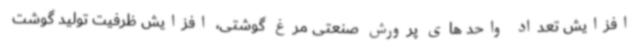
افزایش تعداد واحد های پرورش صنعتی مرغ گوشتی، افزایش ظرفیت تولید گوشت